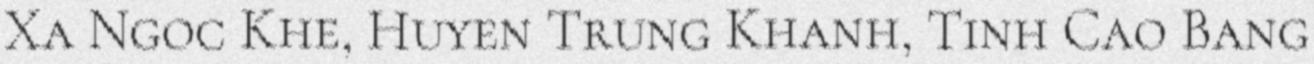
Xa Ngoc Khe, Huyen Trung Khanh, Tinh Cao Bang